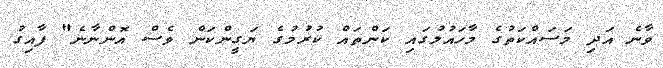
ވާނެ އަދި މަސައްކަތުގެ މާހައުލުގައި ކަންތައް ކުރުމުގެ ޔަގީންކަން ވެސް އޮންނާނެ" ފާއިގު